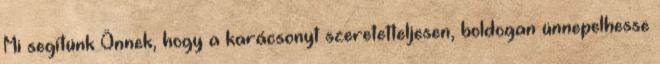
Mi segítünk Önnek, hogy a karácsonyt szeretetteljesen, boldogan ünnepelhesse